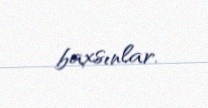
baxsınlar.